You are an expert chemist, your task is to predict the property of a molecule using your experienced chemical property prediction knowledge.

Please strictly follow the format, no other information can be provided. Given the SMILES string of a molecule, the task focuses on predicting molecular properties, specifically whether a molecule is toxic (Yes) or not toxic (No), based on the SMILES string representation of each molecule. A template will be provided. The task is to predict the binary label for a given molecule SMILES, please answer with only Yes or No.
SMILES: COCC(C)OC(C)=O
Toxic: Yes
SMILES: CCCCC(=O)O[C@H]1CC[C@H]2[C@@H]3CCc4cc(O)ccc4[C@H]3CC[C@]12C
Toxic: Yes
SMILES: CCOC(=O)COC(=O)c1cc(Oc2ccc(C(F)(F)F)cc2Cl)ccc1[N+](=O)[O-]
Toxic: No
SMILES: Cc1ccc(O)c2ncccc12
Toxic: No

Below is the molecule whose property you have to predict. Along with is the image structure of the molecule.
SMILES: CC(C)OCC1CO1
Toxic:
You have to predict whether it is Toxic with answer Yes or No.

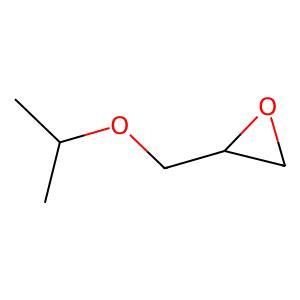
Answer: No